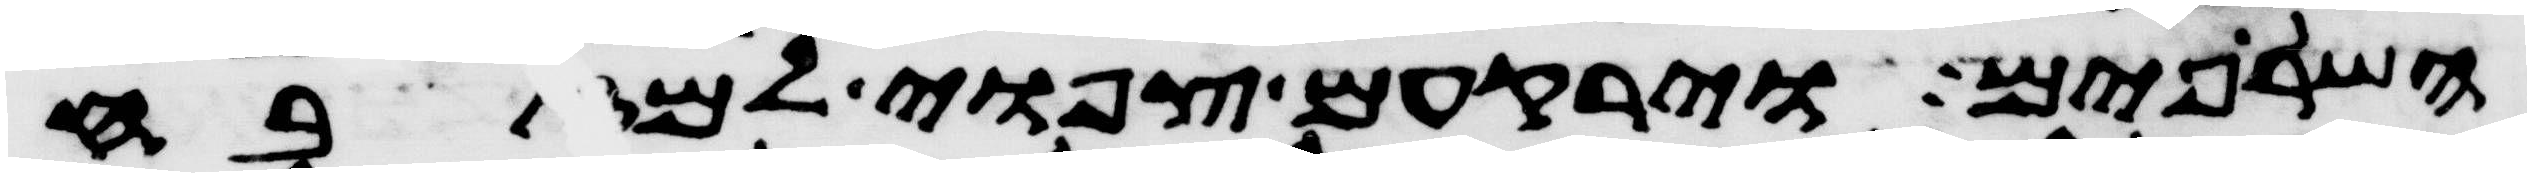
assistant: השרופים וירקעום צפואי למזבח